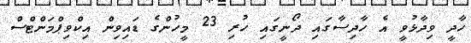
ހާދީ ވިދާޅުވީ އެ ހާދިސާގައި ދޯނީގައި ހުރި 23 މީހުންގެ ޑައިވިން އިކްވިޕްމަންޓްސް